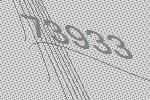
73933